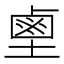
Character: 𪉖